Annual administration and progress report of the Indian Medical Department, Bombay
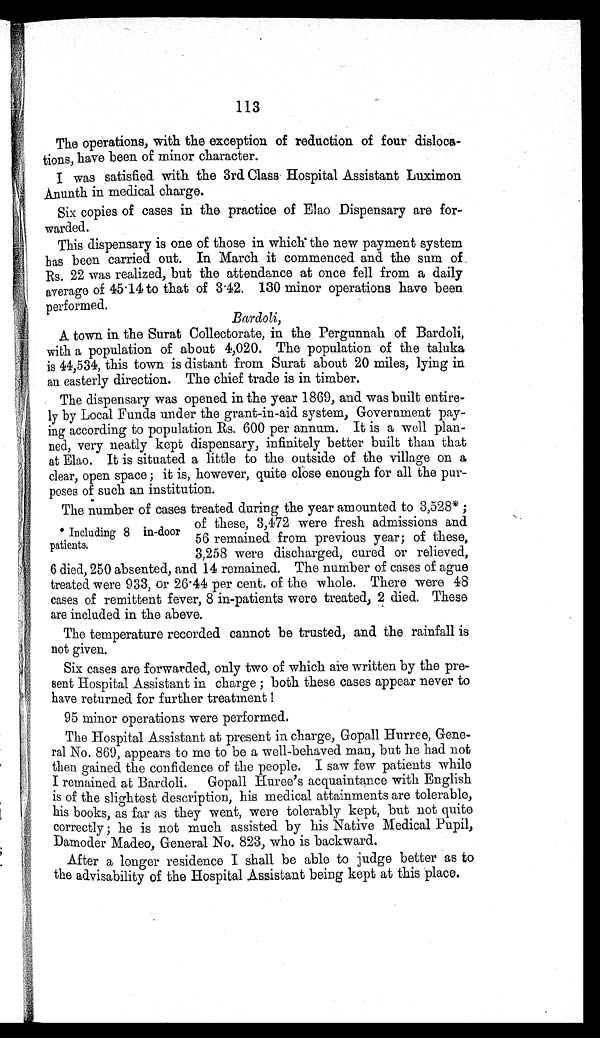
113
The operations, with the exception of reduction of four disloca-
tions, have been of minor character.
I was satisfied with the 3rd Class Hospital Assistant Luximon
Anunth in medical charge.
Six copies of cases in the practice of Elao Dispensary are for-
warded.
This dispensary is one of those in which the new payment system
has been carried out. In March it commenced and the sum of
Rs. 22 was realized, but the attendance at once fell from a daily
average of 45.14 to that of 3.42. 130 minor operations have been
performed.
Bardoli,
A town in the Surat Collectorate, in the Pergunnah of Bardoli,
with a population of about 4,020. The population of the taluka
is 44,534, this town is distant from Surat about 20 miles, lying in
an easterly direction. The chief trade is in timber.
The dispensary was opened in the year 1869, and was built entire-
ly by Local Funds under the grant-in-aid system, Government pay-
ing according to population Rs. 600 per annum. It is a well plan-
ned, very neatly kept dispensary, infinitely better built than that
at Elao. It is situated a little to the outside of the village on a
clear, open space; it is, however, quite close enough for all the pur-
poses of such an institution.
The number of cases treated during the year amounted to 3,528*;
of these, 3,472 were fresh admissions and
56 remained from previous year; of these,
3,258 were discharged, cured or relieved,
6 died, 250 absented, and 14 remained. The number of cases of ague
treated were 933, or 26.44 per cent. of the whole. There were 48
cases of remittent fever, 8 in-patients were treated, 2 died. These
are included in the above.
The temperature recorded cannot be trusted, and the rainfall is
not given.
Six cases are forwarded, only two of which are written by the pre-
sent Hospital Assistant in charge; both these cases appear never to
have returned for further treatment!
95 minor operations were performed.
The Hospital Assistant at present in charge, Gopall Hurree, Gene-
ral No. 869, appears to me to be a well-behaved man, but he had not
then gained the confidence of the people. I saw few patients while
I remained at Bardoli. Gopall Huree's acquaintance with English
is of the slightest description, his medical attainments are tolerable,
his books, as far as they went, were tolerably kept, but not quite
correctly; he is not much assisted by his Native Medical Pupil,
Damoder Madeo, General No. 823, who is backward.
After a longer residence I shall be able to judge better as to
the advisability of the Hospital Assistant being kept at this place.
* Including 8 in-door
patients.